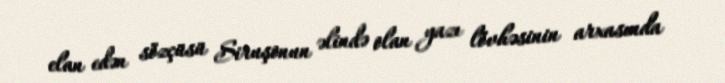
elan edən sözçüsü Siruşonun əlində olan yazı lövhəsinin arxasında